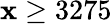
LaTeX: \mathbf{x}\geq3275